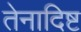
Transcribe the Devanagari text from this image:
तेनादिष्ट